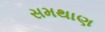
સમથાણ